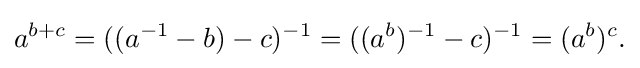
\displaystyle {a^{b+c}=((a^{-1}-b)-c)^{-1}=((a^{b})^{-1}-c)^{-1}=(a^{b})^{c}.}